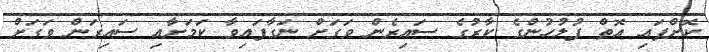
ކޮށްފައި އޮތް ފުލުހުންގެ ކާރުގެ ސައިރެން ވަގަށް ނަގާފައިވާ ކަމަށާއި ސައިރަން ވަގަށް